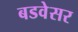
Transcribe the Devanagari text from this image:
बडवेसर